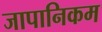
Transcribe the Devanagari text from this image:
जापानिकम